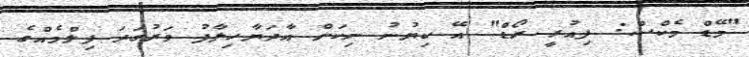
"މޭޑް މެކްސް: ފިއުރީ ރޯޑް" އޭ ކިޔުނު ނިކަން އާދަޔާހިލާފު ވަރުގަދަ ފިލްމެއްގެ